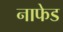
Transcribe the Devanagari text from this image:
नाफेड